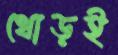
থোড়ই